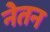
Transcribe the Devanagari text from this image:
नेतन